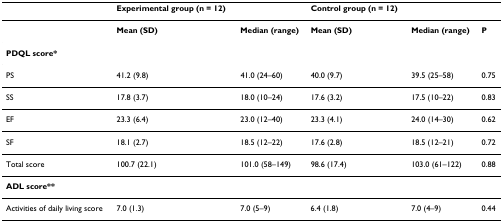
<table><thead><tr><td></td><td><b>Experimental group (n = 12)</b></td><td></td><td><b>Control group (n = 12)</b></td><td></td><td></td></tr></thead><tbody><tr><td></td><td><b>Mean (SD)</b></td><td><b>Median (range)</b></td><td><b>Mean (SD)</b></td><td><b>Median (range)</b></td><td><b>P</b></td></tr><tr><td><b>PDQL score*</b></td><td></td><td></td><td></td><td></td><td></td></tr><tr><td>PS</td><td>41.2 (9.8)</td><td>41.0 (24–60)</td><td>40.0 (9.7)</td><td>39.5 (25–58)</td><td>0.75</td></tr><tr><td>SS</td><td>17.8 (3.7)</td><td>18.0 (10–24)</td><td>17.6 (3.2)</td><td>17.5 (10–22)</td><td>0.83</td></tr><tr><td>EF</td><td>23.3 (6.4)</td><td>23.0 (12–40)</td><td>23.3 (4.1)</td><td>24.0 (14–30)</td><td>0.62</td></tr><tr><td>SF</td><td>18.1 (2.7)</td><td>18.5 (12–22)</td><td>17.6 (2.8)</td><td>18.5 (12–21)</td><td>0.72</td></tr><tr><td>Total score</td><td>100.7 (22.1)</td><td>101.0 (58–149)</td><td>98.6 (17.4)</td><td>103.0 (61–122)</td><td>0.88</td></tr><tr><td><b>ADL score**</b></td><td></td><td></td><td></td><td></td><td></td></tr><tr><td>Activities of daily living score</td><td>7.0 (1.3)</td><td>7.0 (5–9)</td><td>6.4 (1.8)</td><td>7.0 (4–9)</td><td>0.44</td></tr></tbody></table>